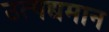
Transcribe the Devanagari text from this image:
उत्पद्यमान